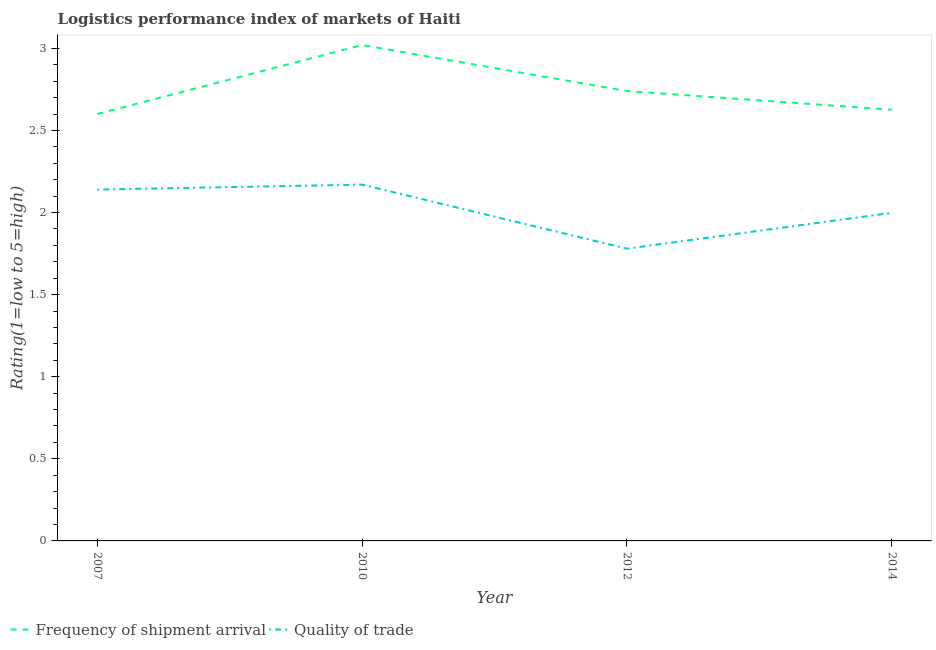
| Year | Frequency of shipment arrival | Quality of trade |
 | --- | --- | --- |
 | 2007 | 2.6 | 2.14 |
 | 2010 | 3.02 | 2.17 |
 | 2012 | 2.74 | 1.78 |
 | 2014 | 2.63 | 2 |